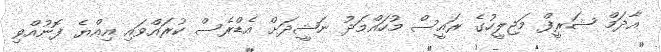
އާދަމް ޝަރީފް މަޖިލީހުގެ ރައީސް މުހައްމަދު ނަޝީދަށް އެޑްރެސް ކުރައްވައި އިއްޔެ ފޮނުއްވި